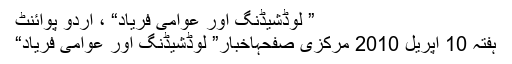
” لوڈشیڈنگ اور عوامی فریاد“ ، اُردو پوائنٹ
ہفتہ 10 اپریل 2010 مرکزی صفحہاخبار” لوڈشیڈنگ اور عوامی فریاد“